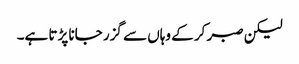
لیکن صبر کر کے وہاں سے گزر جانا پڑتا ہے۔